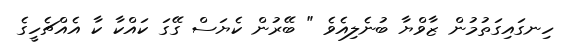
ހިނގައިގަތުމުން ޒާވްޔާ ބުނެލިއެވެ " ބޭރުން ކެޔަސް ގޭގަ ކައްކާ ކާ އެއްޗެހީގެ